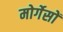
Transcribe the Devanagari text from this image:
मोर्गेसों